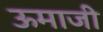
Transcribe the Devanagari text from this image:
ऊमाजी